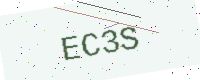
Text: EC3S